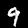
Digit: 9